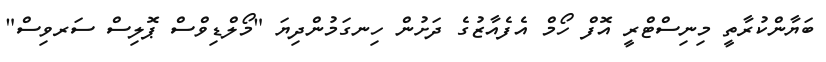
ބަޔާންކުރާތީ މިނިސްޓްރީ އޮފް ހޯމް އެފެއާޒުގެ ދަށުން ހިނގަމުންދިޔަ "މޯލްޑިވްސް ޕޮލިސް ސަރވިސް"